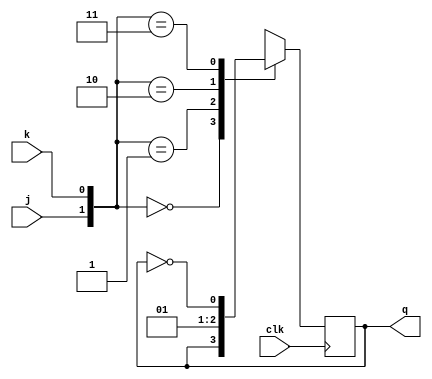
module JK_FF ( input j, input k, input clk, output reg q);  
  
    
  
   always @ (posedge clk)  
      case ({j,k})  
         2'b00 :  q <= q;  
         2'b01 :  q <= 0;  
         2'b10 :  q <= 1;  
         2'b11 :  q <= ~q;  
      endcase  
endmodule